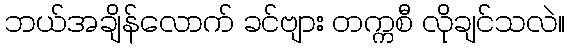
ဘယ်အချိန်လောက် ခင်ဗျား တက္ကစီ လိုချင်သလဲ။